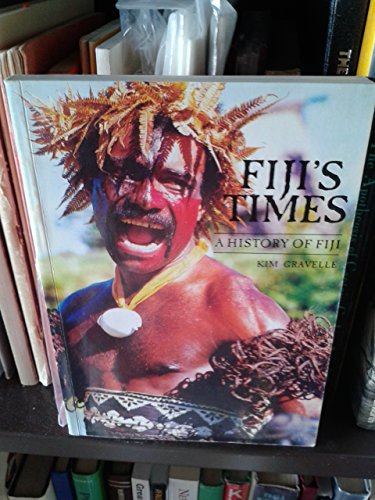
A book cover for Fiji's Heritage: History of Fiji; Kim Gravelle; History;